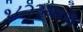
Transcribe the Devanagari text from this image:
१८२३मध्ये